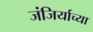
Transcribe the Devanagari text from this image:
जंजिर्याच्या